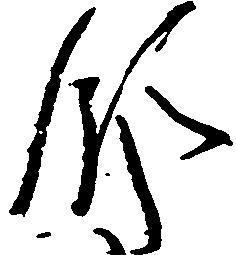
領